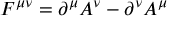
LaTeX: F ^ { \mu \nu } = \partial ^ { \mu } A ^ { \nu } - \partial ^ { \nu } A ^ { \mu }